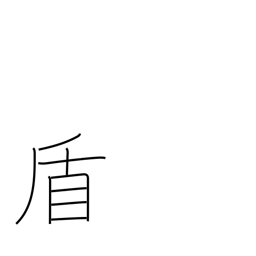
Meaning: pretext